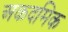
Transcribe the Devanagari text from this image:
अकदमिक